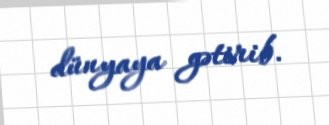
dünyaya gətirib.